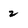
Character: 2